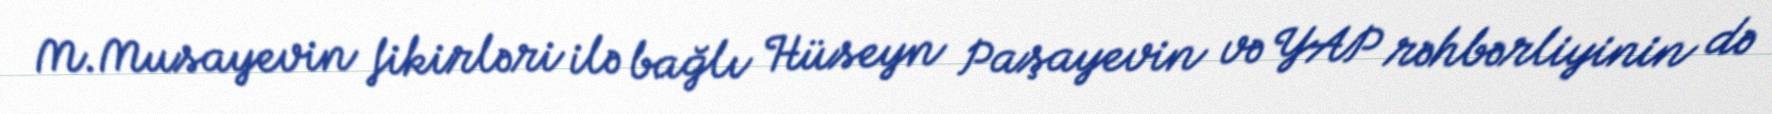
M.Musayevin fikirləri ilə bağlı Hüseyn Paşayevin və YAP rəhbərliyinin də